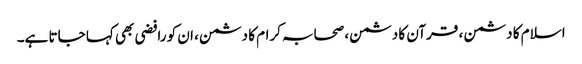
اسلام کا دشمن ، قرآن کا دشمن، صحابہ کرام کا دشمن، ان کو رافضی بھی کہا جاتا ہے۔